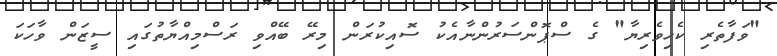
"ވަފާތެރި ކެހިވެރިޔާ" ގެ ސްޕޮންސަރުންނާއެކު ސޮއިކުރަން މިރޭ ބޭއްވި ރަސްމިއްޔާތުގައި ސީޒަން ވާހަކަ